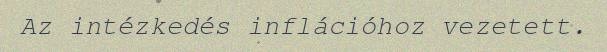
Az intézkedés inflációhoz vezetett.